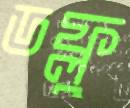
ডফ্লু